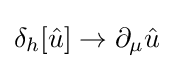
\delta _{h}[{\hat {u}}]\to \partial _{\mu }{\hat {u}}